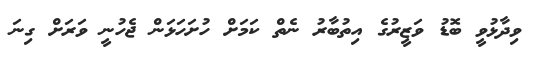
ވިދާޅުވީ ބޮޑު ވަޒީރުގެ އިތުބާރު ނެތް ކަމަށް ހުށަހަޅަން ޖެހުނީ ވަރަށް ގިނަ